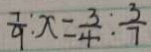
\frac { 7 } { 9 } : x = \frac { 3 } { 4 } : \frac { 3 } { 7 }